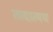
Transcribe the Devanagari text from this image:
तादात्मय